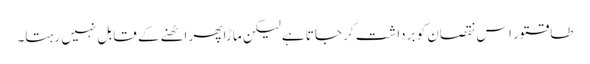
طاقتور اس نقصان کو برداشت کر جاتا ہے لیکن ماڑا پھر اٹھنے کے قابل نہیں رہتا۔